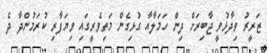
ޒަރީރު ވިދާޅުވީ ޖާބިރަށް ދިން ހަމަލާއާ ގުޅިގެން މަތިވެރީގައި ވިޔަފާރި ކުރަމުންދާ ދެ